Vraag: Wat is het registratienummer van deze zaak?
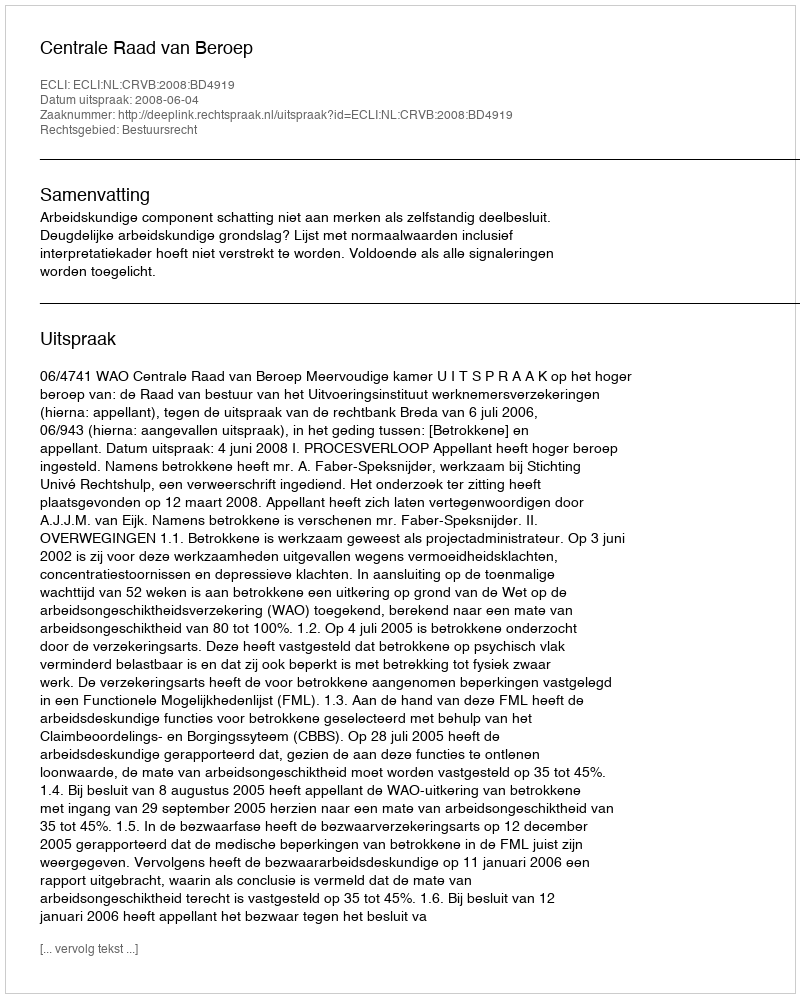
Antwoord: http://deeplink.rechtspraak.nl/uitspraak?id=ECLI:NL:CRVB:2008:BD4919